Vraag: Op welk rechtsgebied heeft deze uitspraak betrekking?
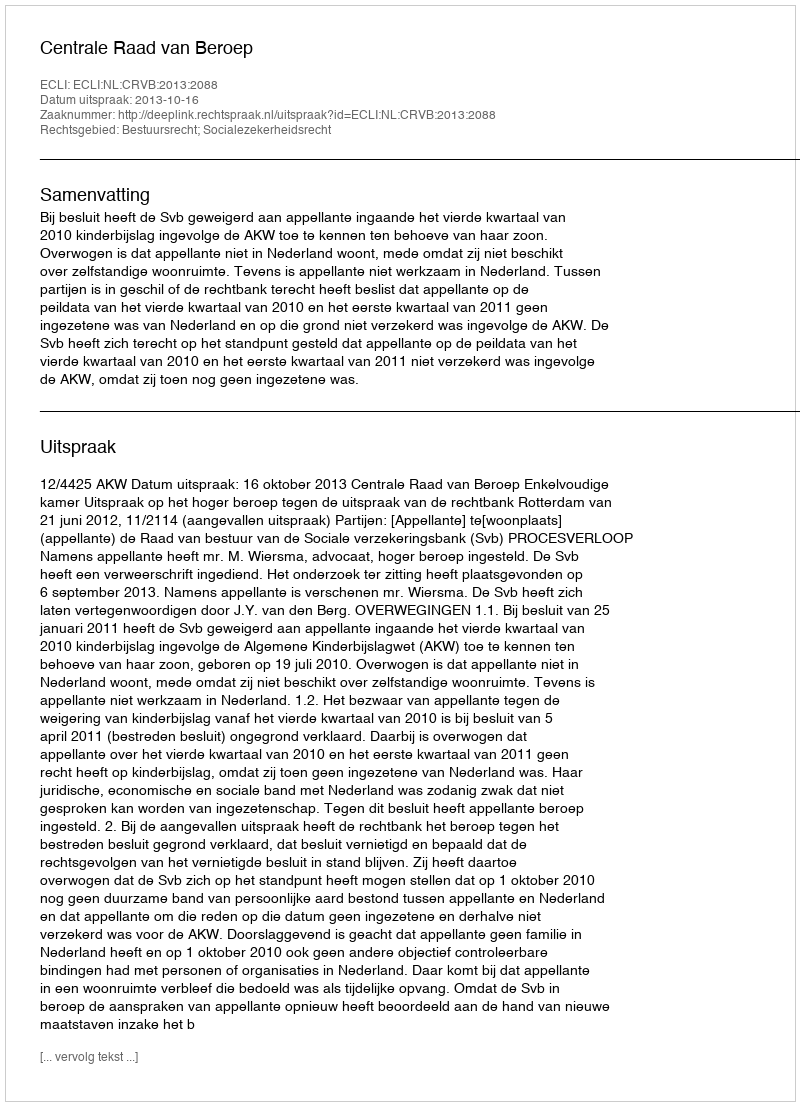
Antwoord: Bestuursrecht; Socialezekerheidsrecht